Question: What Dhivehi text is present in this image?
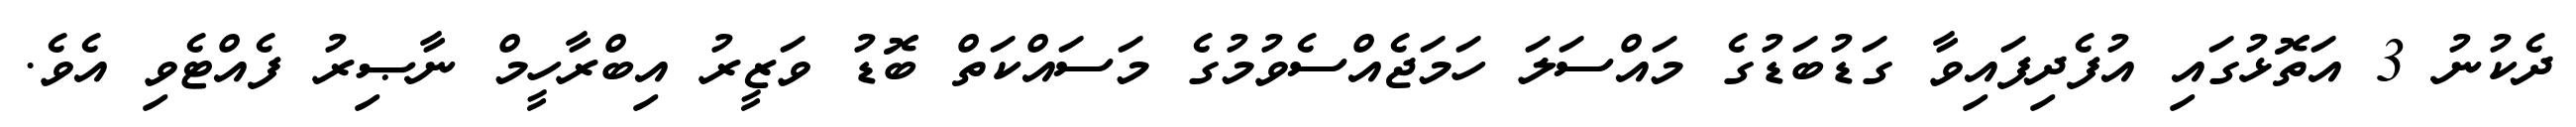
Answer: ދެކުނު 3 އަތޮޅުގައި އުފެދިފައިވާ ގަޑުބަޑުގެ މައްސަލަ ހަމަޖެއްސެވުމުގެ މަސައްކަތް ބޮޑު ވަޒީރު އިބްރާހީމް ނާޞިރު ފެއްޓެވި އެވެ.